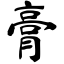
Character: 膏